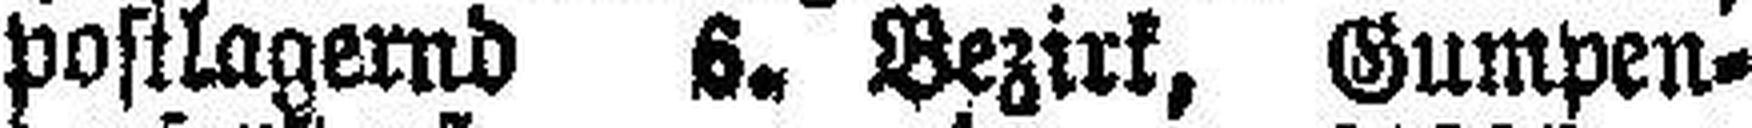
postlagernd 6. Bezirk, Gumpen¬